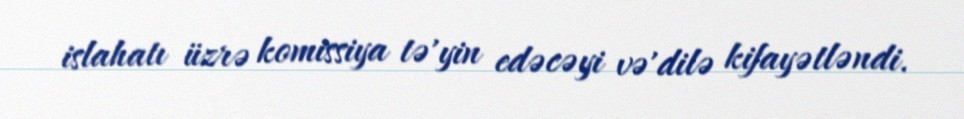
islahatı üzrə komissiya tə'yin edəcəyi və'dilə kifayətləndi.